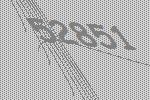
52851